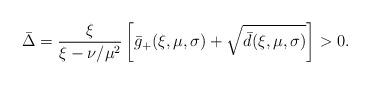
LaTeX: \begin{align*}\bar{\Delta} = \frac{\xi}{\xi-\nu/\mu^2}\left[\bar g_+(\xi,\mu,\sigma)+\sqrt{\bar d(\xi,\mu,\sigma)}\right] > 0.\end{align*}